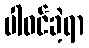
ပါဝင်ခဲ့ရာ